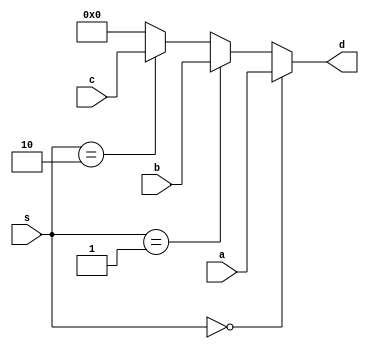
module mux_B (input [15:0] a, b, c, input [1:0] s, output reg [15:0] d);
	
	always@(*) begin

		if (s == 2'b00)
			d = a;
		else if (s == 2'b01)
			d = b;
		else if (s == 2'b10)
			d = c;
		else
			d = 16'h0000;
	end
	
endmodule